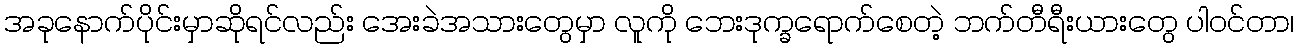
အခုနောက်ပိုင်းမှာဆိုရင်လည်း အေးခဲအသားတွေမှာ လူကို ဘေးဒုက္ခရောက်စေတဲ့ ဘက်တီရီးယားတွေ ပါဝင်တာ၊